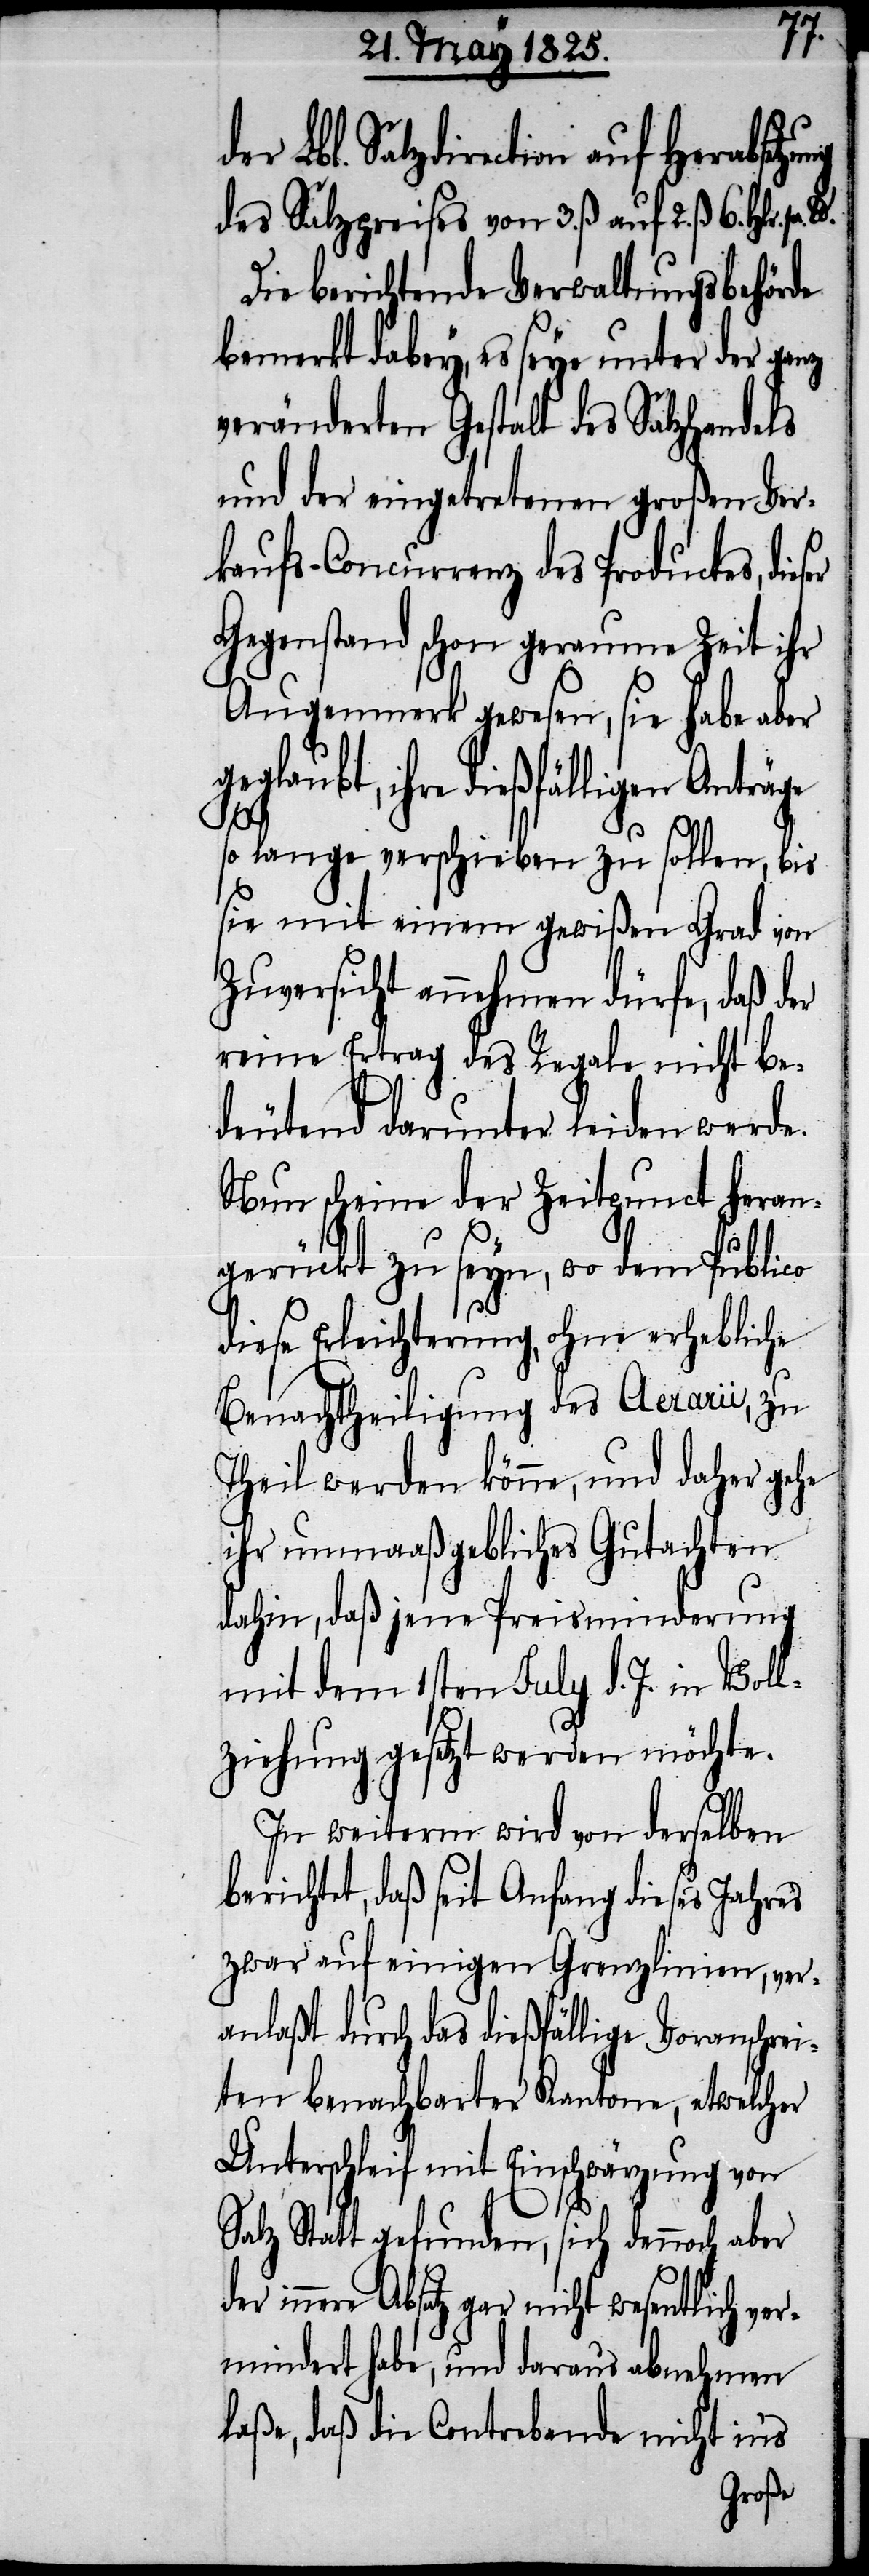
der Lbl. Salzdirection auf
des Salzpreises von 3. ß auf 2. ß 6. Hlr. pr.
Die berichtende Verwaltungsbehörde
bemerkt dabey, es seye unter der ganz
veränderten Gestalt des Salzhandels
und der eingetretenen großen Ver¬
kaufs-Concurrenz des Productes, die¬
Gegenstand schon geraume Zeit ihr
Augenmerk gewesen, sie habe aber
geglaubt, ihre dießfälligen Anträge
der
so lange verschieben zu sollen, bis
sie mit einem gewißen Grad von
Zuversicht annehmen dürfe, daß der
reine Ertrag des Regale nicht be¬
deutend darunter leiden werde.
Nun scheine der Zeitpunkt heran¬
gerückt zu seyn, wo dem Publico
diese Erleichterung, ohne erhebliche
Benachtheiligung des Aerarii, zu
Theil werden könne, und daher gehe
ihr nunmaaßgebliches Gutachten
dahin, daß jene Preisminderung
mit dem 1sten July d. J. in Voll¬
ziehung gesetzt werden möchte.
In weiterm wird von derselben
berichtet, daß seit Anfang dieses Jahres
zwar auf einigen Grenzlinien, ver¬
anlaßt durch das dießfällige Voranschrei¬
ten benachbarter Kantone, etwelcher
Unterschleif mit Einschwärzung von
Salz Statt gefunden, sich dennoch aber
innere Absatz gar nicht wesentlich ve¬
rmindert habe, und daraus abnehmen
laße, daß die Contrebande nicht ins